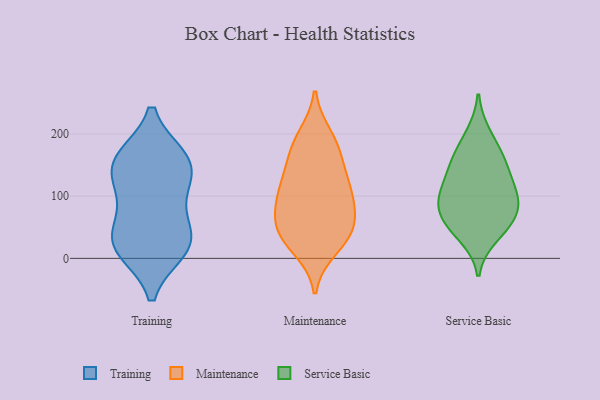
{"axis": {"x": "Backlog", "y": "Value"}, "legend": ["Maintenance", "Service Basic", "Training"], "data": [{"x": "", "y": 158, "type": "Training"}, {"x": "", "y": 161, "type": "Training"}, {"x": "", "y": 49, "type": "Training"}, {"x": "", "y": 141, "type": "Training"}, {"x": "", "y": 19, "type": "Training"}, {"x": "", "y": 14, "type": "Training"}, {"x": "", "y": 119, "type": "Training"}, {"x": "", "y": 160, "type": "Training"}, {"x": "", "y": 19, "type": "Training"}, {"x": "", "y": 34, "type": "Training"}, {"x": "", "y": 95, "type": "Training"}, {"x": "", "y": 44, "type": "Maintenance"}, {"x": "", "y": 140, "type": "Maintenance"}, {"x": "", "y": 196, "type": "Maintenance"}, {"x": "", "y": 176, "type": "Maintenance"}, {"x": "", "y": 94, "type": "Maintenance"}, {"x": "", "y": 53, "type": "Maintenance"}, {"x": "", "y": 16, "type": "Maintenance"}, {"x": "", "y": 183, "type": "Maintenance"}, {"x": "", "y": 138, "type": "Maintenance"}, {"x": "", "y": 109, "type": "Maintenance"}, {"x": "", "y": 101, "type": "Maintenance"}, {"x": "", "y": 44, "type": "Maintenance"}, {"x": "", "y": 27, "type": "Maintenance"}, {"x": "", "y": 93, "type": "Maintenance"}, {"x": "", "y": 58, "type": "Maintenance"}, {"x": "", "y": 102, "type": "Service Basic"}, {"x": "", "y": 166, "type": "Service Basic"}, {"x": "", "y": 149, "type": "Service Basic"}, {"x": "", "y": 113, "type": "Service Basic"}, {"x": "", "y": 199, "type": "Service Basic"}, {"x": "", "y": 36, "type": "Service Basic"}, {"x": "", "y": 94, "type": "Service Basic"}, {"x": "", "y": 97, "type": "Service Basic"}, {"x": "", "y": 66, "type": "Service Basic"}, {"x": "", "y": 55, "type": "Service Basic"}, {"x": "", "y": 63, "type": "Service Basic"}, {"x": "", "y": 150, "type": "Service Basic"}]}